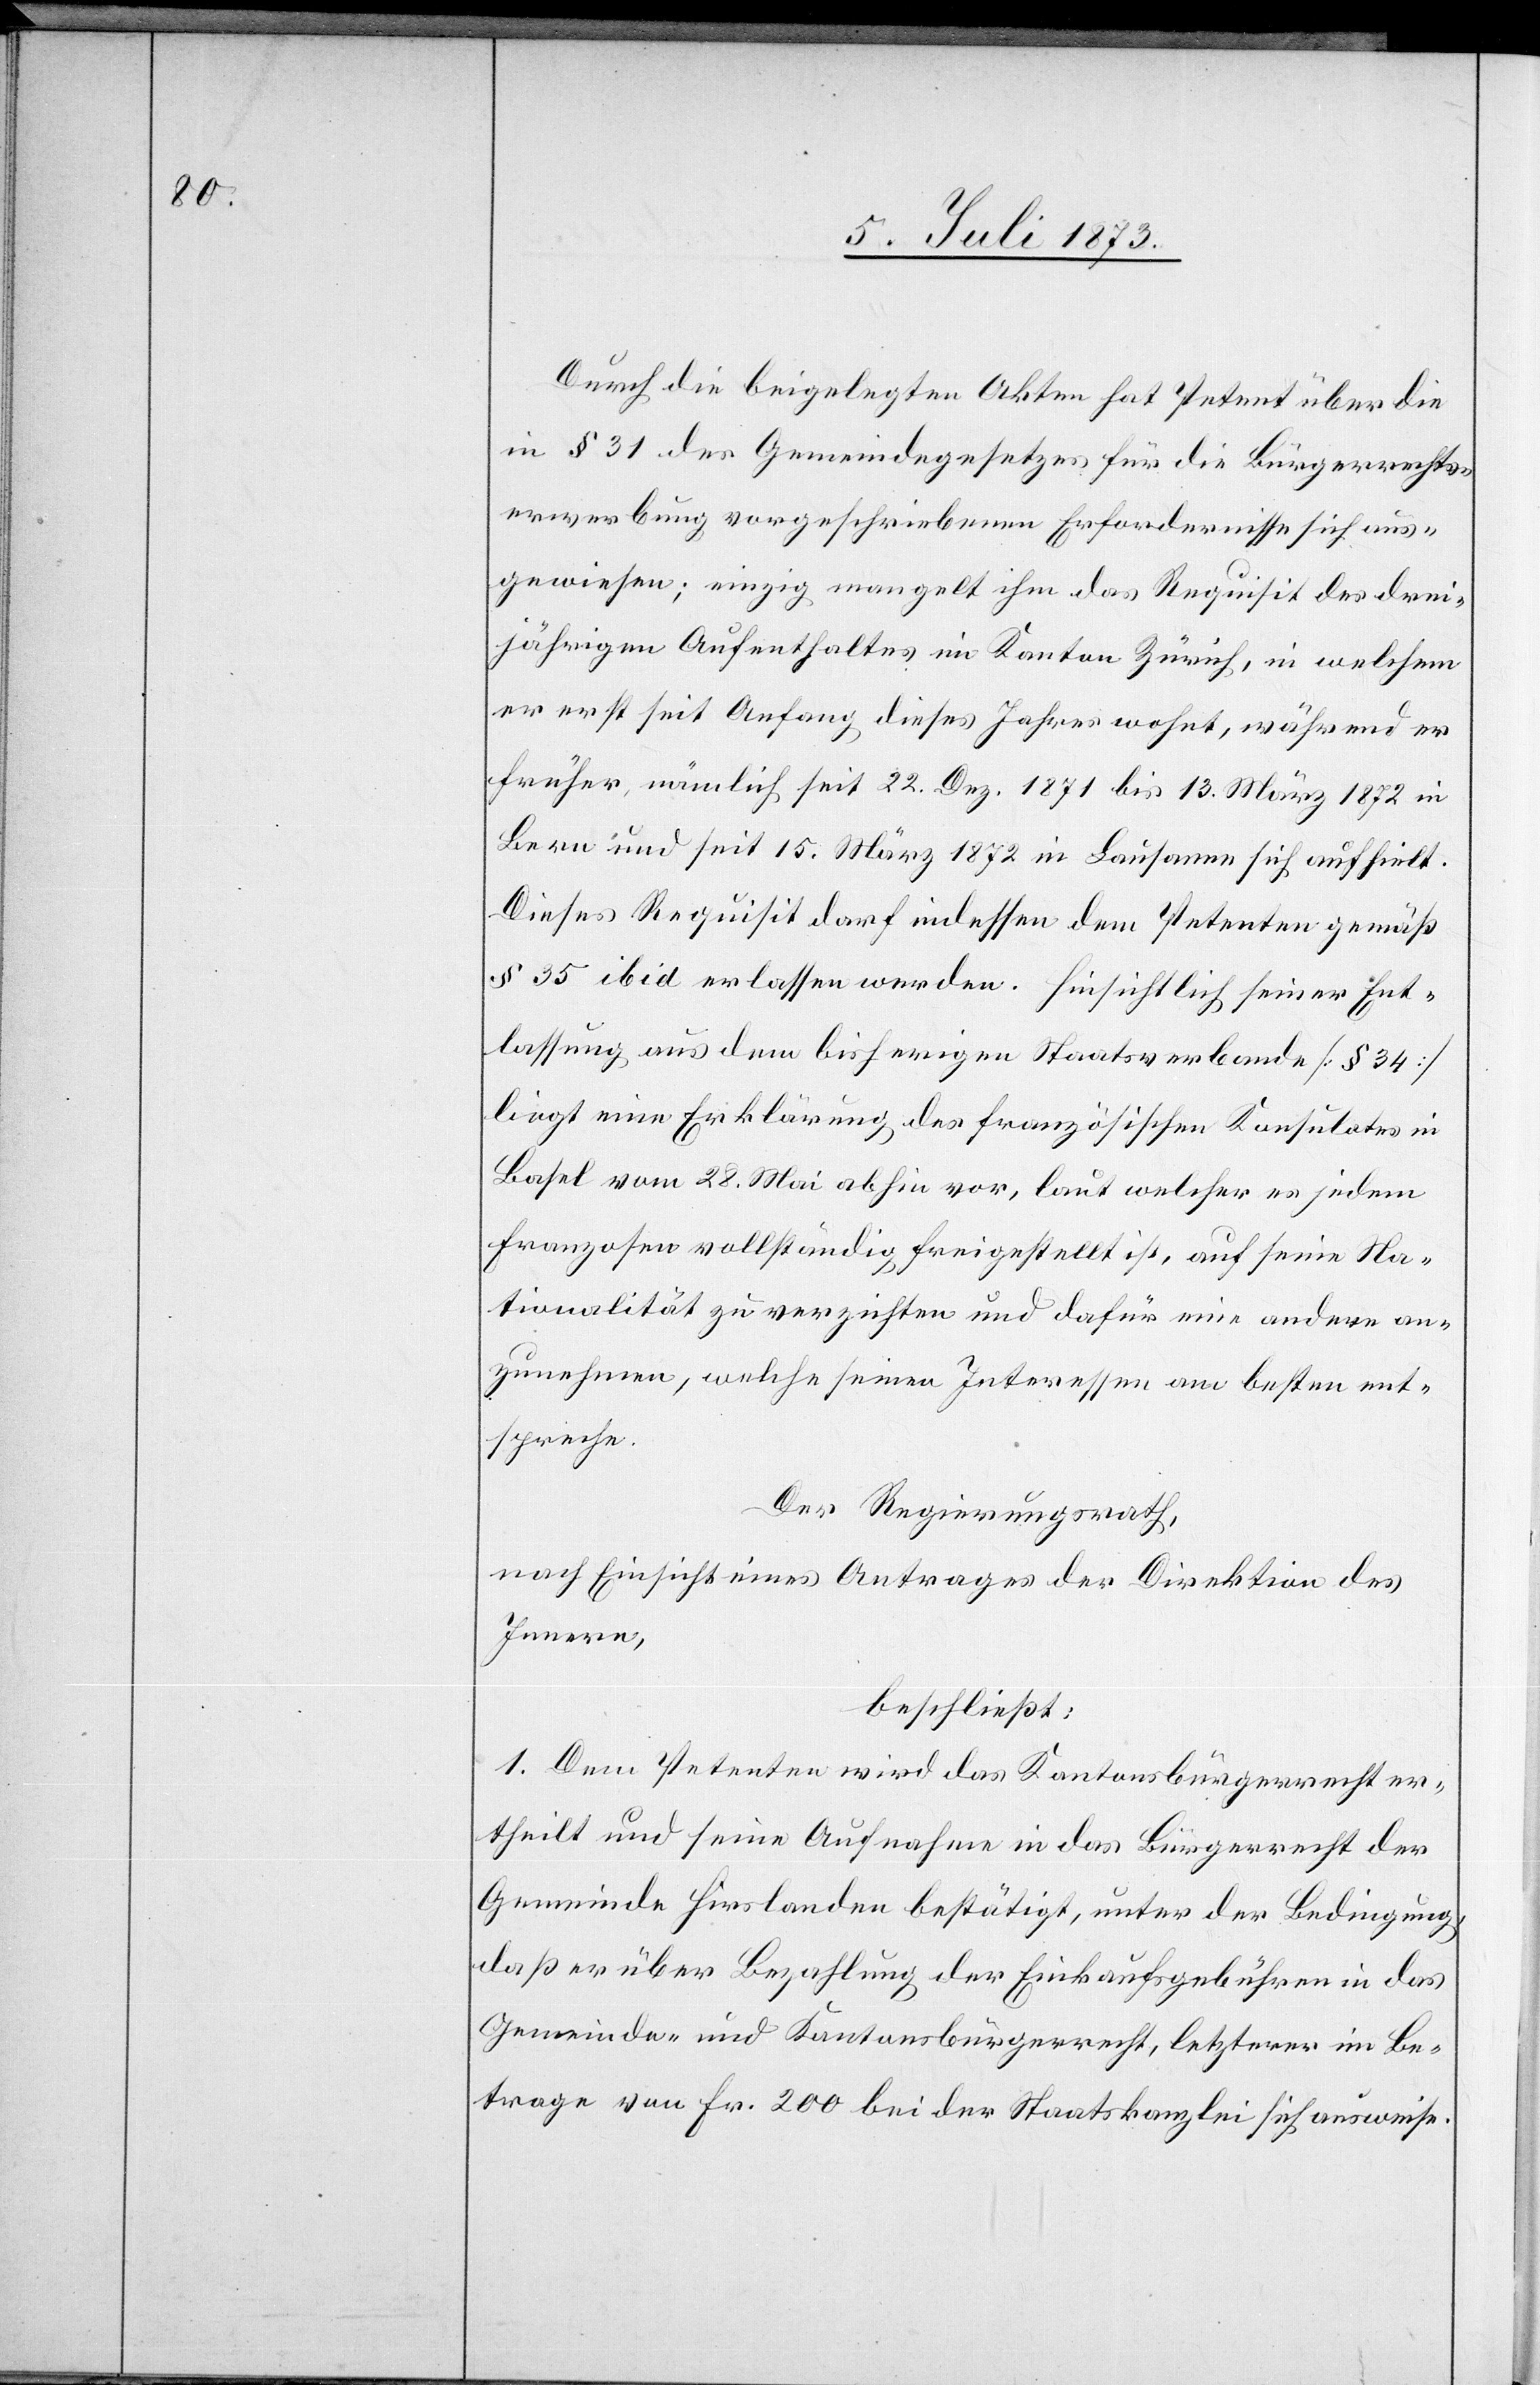
Durch die beigelegten Akten hat Petent über die
in § 31 des Gemeindegesetzes für die Bürgerrechts¬
erwerbung vorgeschriebenen Erfordernisse sich aus¬
gewiesen; einzig mangelt ihm das Requisit des drei¬
jährigen Aufenthaltes im Kanton Zürich, in welchem
er erst seit Anfang dieses Jahres wohnt, während er
früher, nämlich seit 22. Dez. 1871 bis 13. März 1872 in
Bern und seit 15. März 1872 in Lausanne sich aufhielt.
Dieses Requisit darf indessen dem Petenten gemäß
§ 35 ibid erlassen werden. Hinsichtlich seiner Ent¬
lassung aus dem bisherigen Staatsverbande [§ 34]
liegt eine Erklärung des französischen Konsulates in
Basel vom 28. Mai abhin vor, laut welcher es jedem
Franzosen vollständig freigestellt ist, auf seine Na¬
tionalität zu verzichten und dafür eine andere an¬
zunehmen, welche seinen Interessen am besten ent¬
spreche.
Der Regierungsrath,
nach Einsicht eines Antrages der Direktion des
Innern,
beschließt:
1. Dem Petenten wird das Kantonsbürgerrecht er¬
theilt und seine Aufnahme in das Bürgerrecht der
Gemeinde Hirslanden bestätigt, unter der Bedingung,
daß er über Bezahlung der Einkaufsgebühren in das
Gemeinde- und Kantonsbürgerrecht, letzterer im Be¬
trage von Fr. 200 bei der Staatskanzlei sich ausweise.